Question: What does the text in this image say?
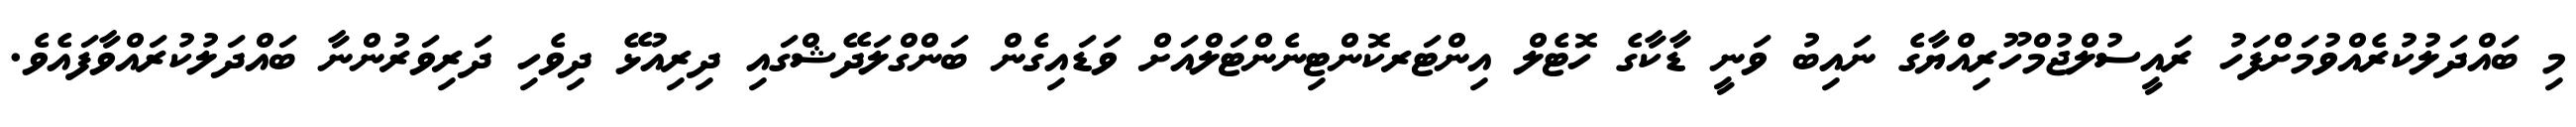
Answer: މި ބައްދަލުކުރެއްވުމަށްފަހު ރައީސުލްޖުމްހޫރިއްޔާގެ ނައިބު ވަނީ ޑާކާގެ ހޮޓެލް އިންޓަރކޮންޓިނެންޓަލްއަށް ވަޑައިގެން ބަންގްލަދޭޝްގައި ދިރިއުޅޭ ދިވެހި ދަރިވަރުންނާ ބައްދަލުކުރައްވާފައެވެ.